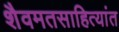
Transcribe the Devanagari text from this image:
शैवमतसाहित्यांत